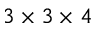
3 \times 3 \times 4